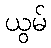
ယွမ်